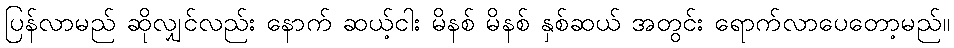
ပြန်လာမည် ဆိုလျှင်လည်း နောက် ဆယ့်ငါး မိနစ် မိနစ် နှစ်ဆယ် အတွင်း ရောက်လာပေတော့မည်။